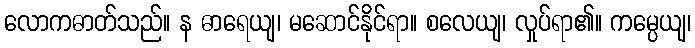
လောကဓာတ်သည်။ န ဓာရေယျ၊ မဆောင်နိုင်ရာ။ စလေယျ၊ လှုပ်ရာ၏။ ကမ္ပေယျ၊